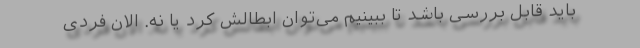
باید قابل بررسی باشد تا ببینیم می‌توان ابطالش کرد یا نه. الان فردی